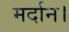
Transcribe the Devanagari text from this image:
मर्दान।